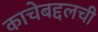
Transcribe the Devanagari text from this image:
काचेबद्दलची